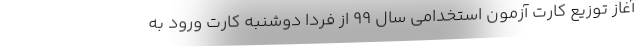
آغاز توزیع کارت آزمون استخدامی سال ۹۹ از فردا دوشنبه کارت ورود به